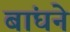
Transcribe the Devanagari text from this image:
बांघने